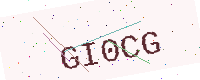
Text: GI0CG